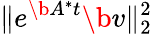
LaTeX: \| e^{\b{A}^{*}t}\b{v}\| _{2}^{2}